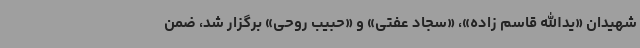
شهیدان «یدالله قاسم زاده»، «سجاد عفتی» و «حبیب روحی» برگزار شد، ضمن